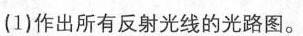
(1)作出所有反射光线的光路图。